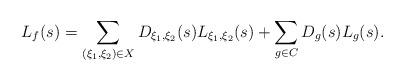
LaTeX: \begin{align*}L_f(s)=\sum_{(\xi_1,\xi_2)\in X}D_{\xi_1,\xi_2}(s)L_{\xi_1,\xi_2}(s)+\sum_{g\in C}D_g(s)L_g(s).\end{align*}